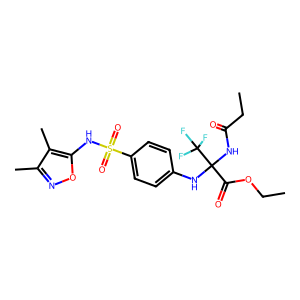
SMILES: CCOC(=O)C(NC(=O)CC)(Nc1ccc(S(=O)(=O)Nc2onc(C)c2C)cc1)C(F)(F)F
Inhibits HIV replication: No